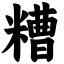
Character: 糟